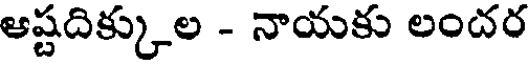
ఆష్టదిక్కుల - నాయకు లందర